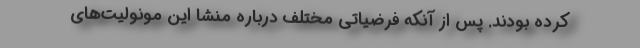
کرده بودند. پس از آنکه فرضیاتی مختلف درباره منشا این مونولیت‌های